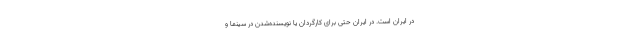
در ایران است. در ایران حتی برای کارگردان یا نویسنده‌شدن در سینما و